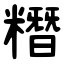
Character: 糣